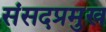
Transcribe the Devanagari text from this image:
संसदप्रमुख